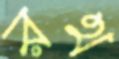
রথ